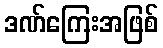
ဒဏ်ကြေးအဖြစ်